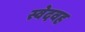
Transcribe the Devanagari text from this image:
स्वेदवह